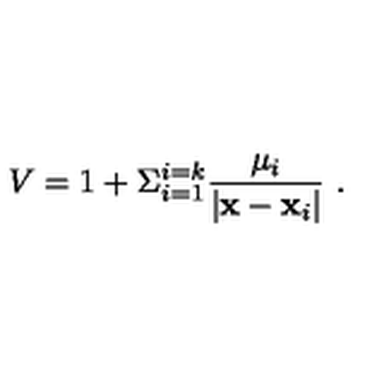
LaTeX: V = 1 + \Sigma _ { i = 1 } ^ { i = k } { \frac { \mu _ { i } } { | { \bf x } - { \bf x } _ { i } | } } \ .